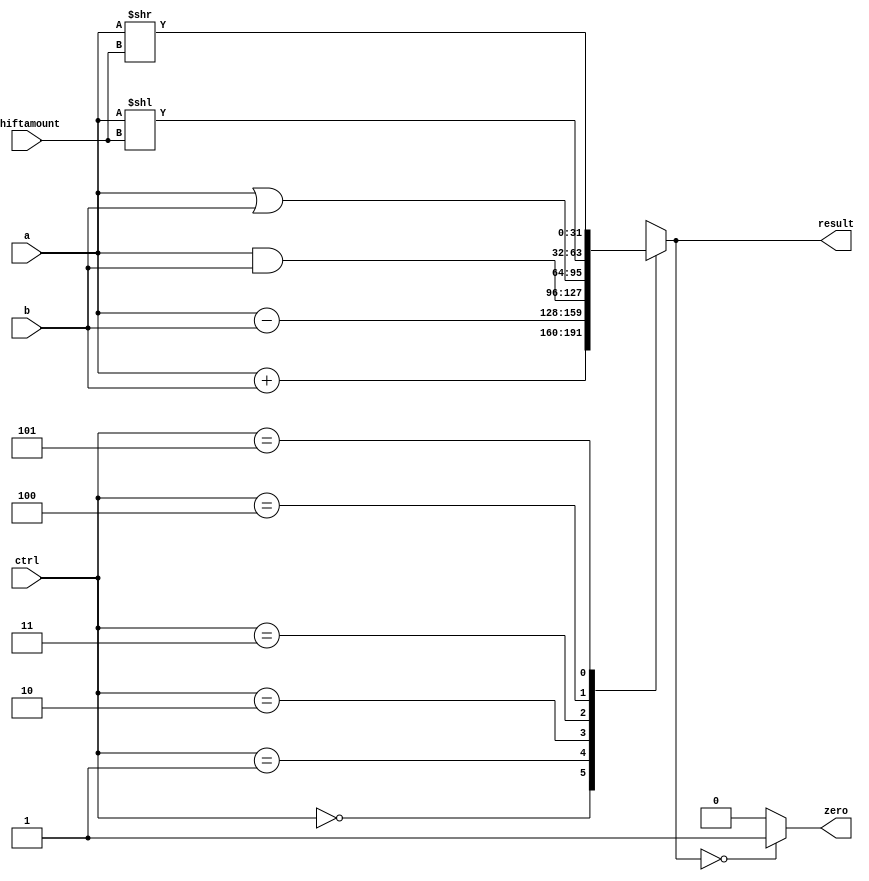
module alu(input [31:0] a,input [31:0] b , input [2:0] ctrl, input [4:0] shiftamount ,output reg zero,output reg [31:0] result);

always@(a or b or ctrl)
begin
case(ctrl)

3'b000: result = a + b;
3'b001: result = a - b;
3'b010: result = a & b;
3'b011: result = a | b;
3'b100: result = a << shiftamount;
3'b101: result = a >> shiftamount;

default: result =32'bX;
endcase
if(result==0)
  zero=1;
else
  zero=0;
end
endmodule